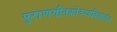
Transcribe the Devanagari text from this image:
पुराणगीतकोदण्डविद्यार्णव